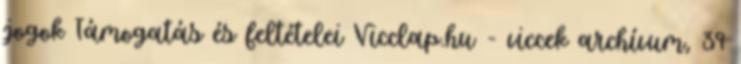
jogok Támogatás és feltételei Vicclap.hu - viccek archívum, 39